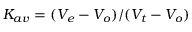
K _ { a v } = ( V _ { e } - V _ { o } ) / ( V _ { t } - V _ { o } )